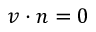
v \cdot n = 0